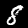
Digit: 8